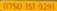
0750 151 9291